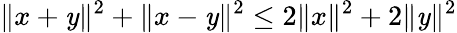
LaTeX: \| x+\mathit{y}\| ^{2}+\| x-\mathit{y}\| ^{2}\leq2\| x\| ^{2}+2\| \mathit{y}\| ^{2}